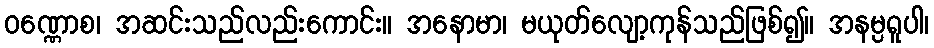
ဝဏ္ဏောစ၊ အဆင်းသည်လည်းကောင်း။ အနောမာ၊ မယုတ်လျော့ကုန်သည်ဖြစ်၍။ အနမ္ပရူပါ၊